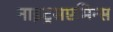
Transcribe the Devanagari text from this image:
नाइट्रसएमिन्स